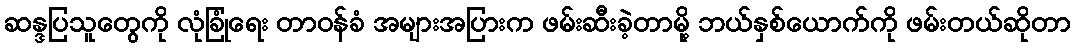
ဆန္ဒပြသူတွေကို လုံခြုံရေး တာဝန်ခံ အများအပြားက ဖမ်းဆီးခဲ့တာမို့ ဘယ်နှစ်ယောက်ကို ဖမ်းတယ်ဆိုတာ